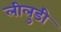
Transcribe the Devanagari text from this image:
लीलुडी